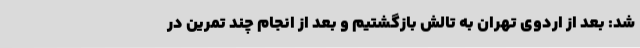
شد: بعد از اردوی تهران به تالش بازگشتیم و بعد از انجام چند تمرین در